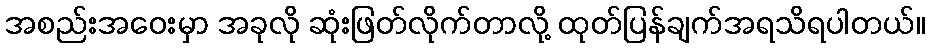
အစည်းအဝေးမှာ အခုလို ဆုံးဖြတ်လိုက်တာလို့ ထုတ်ပြန်ချက်အရသိရပါတယ်။